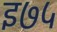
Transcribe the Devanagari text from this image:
इ७५